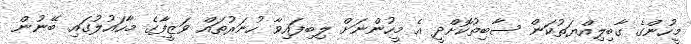
މީހުންގެ ގާބިލިއްޔަތުކަން ސާބިތުކޮށްދީ އެ މީހުންނަށް ލިބިފައިވާ ހުނަރުތައް ވަޒީފާގެ މާހައުލުގައި ބޭނުން